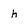
Character: h